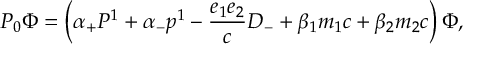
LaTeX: P _ { 0 } { \Phi } = \left( { \alpha } _ { + } P ^ { 1 } + { \alpha } _ { - } p ^ { 1 } - \frac { e _ { 1 } e _ { 2 } } { c } D _ { - } + { \beta } _ { 1 } m _ { 1 } c + { \beta } _ { 2 } m _ { 2 } c \right) { \Phi } ,